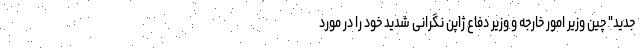
جدید" چین وزیر امور خارجه و وزیر دفاع ژاپن نگرانی شدید خود را در مورد